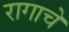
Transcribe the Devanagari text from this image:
रागाचें